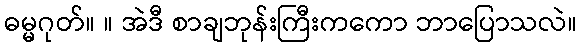
ဓမ္မဂုတ်။ ။ အဲဒီ စာချဘုန်းကြီးကကော ဘာပြောသလဲ။